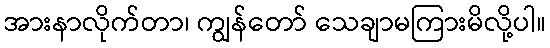
အားနာလိုက်တာ၊ ကျွန်တော် သေချာမကြားမိလို့ပါ။